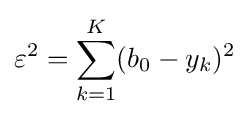
\varepsilon ^{2}=\sum _{k=1}^{K}(b_{0}-y_{k})^{2}